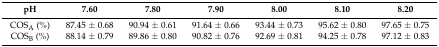
| pH | 7.60 | 7.80 | 7.90 | 8.00 | 8.10 | 8.20 |
 | --- | --- | --- | --- | --- | --- | --- |
 | COSA (%) | 87.45 ± 0.68 | 90.94 ± 0.61 | 91.64 ± 0.66 | 93.44 ± 0.73 | 95.62 ± 0.80 | 97.65 ± 0.75 |
 | COSB (%) | 88.14 ± 0.79 | 89.86 ± 0.80 | 90.82 ± 0.76 | 92.69 ± 0.81 | 94.25 ± 0.78 | 97.12 ± 0.83 |